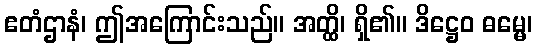
ဧတံဌာနံ၊ ဤအကြောင်းသည်။ အတ္ထိ၊ ရှိ၏။ ဒိဋ္ဌေဝ ဓမ္မေ၊